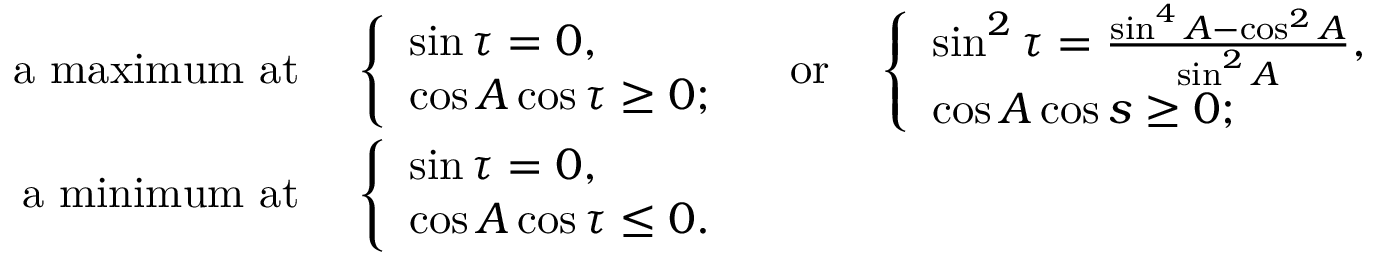
\begin{array} { r l } { \mathrm { a ~ m a x i m u m ~ a t ~ } } & { \left\{ \begin{array} { l l } { \sin \tau = 0 , } \\ { \cos A \cos \tau \geq 0 ; } \end{array} \right. \quad \mathrm { o r } \quad \left\{ \begin{array} { l l } { \sin ^ { 2 } \tau = \frac { \sin ^ { 4 } A - \cos ^ { 2 } A } { \sin ^ { 2 } A } , } \\ { \cos A \cos s \geq 0 ; } \end{array} \right. } \\ { \mathrm { a ~ m i n i m u m ~ a t ~ } } & { \left\{ \begin{array} { l l } { \sin \tau = 0 , } \\ { \cos A \cos \tau \leq 0 . } \end{array} \right. } \end{array}